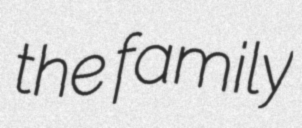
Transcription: the family